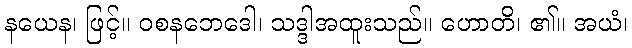
နယေန၊ ဖြင့်။ ဝစနဘေဒေါ၊ သဒ္ဒါအထူးသည်။ ဟောတိ၊ ၏။ အယံ၊